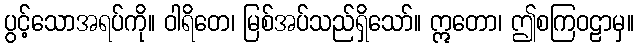
ပွင့်သောအရပ်ကို။ ဝါရိတေ၊ မြစ်အပ်သည်ရှိသော်။ ဣတော၊ ဤစကြဝဠာမှ။